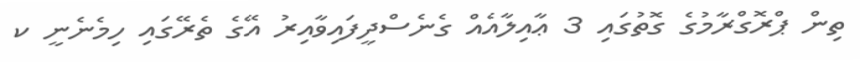
ތިން ޕްރޮގްރާމުގެ ގޮތުގައި 3 ޢާއިލާއެއް ގެނެސްދީފައިވާއިރު އޭގެ ތެރޭގައި ހިމެނެނީ ކ